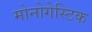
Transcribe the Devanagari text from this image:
मोनोगेस्टिक